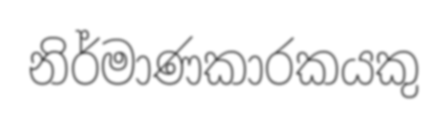
නිර්මාණකාරකයකු